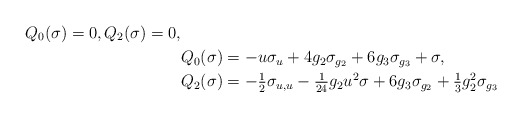
\begin{align*}Q_0 (\sigma) = 0,Q_2 (\sigma) = 0, \\ &Q_0(\sigma) = -u \sigma_u + 4g_2 \sigma_{g_2} + 6g_3 \sigma_{g_3} + \sigma , \\ &Q_2(\sigma) = -\tfrac{1}{2}\sigma_{u,u} - \tfrac{1}{24} g_2 u^2 \sigma + 6 g_3 \sigma_{g_2} + \tfrac{1}{3} g_2^2 \sigma_{g_3} \end{align*}